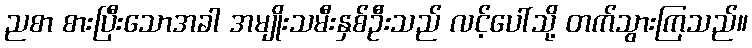
ညစာ စားပြီးသောအခါ အမျိုးသမီးနှစ်ဦးသည် လင့်ပေါ်သို့ တက်သွားကြသည်။